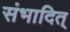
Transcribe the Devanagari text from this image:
संभादित्